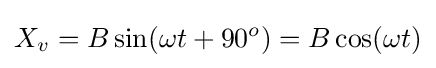
X_{v}=B\sin(\omega t+90^{o})=B\cos(\omega t)